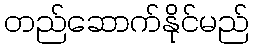
တည်ဆောက်နိုင်မည်